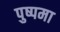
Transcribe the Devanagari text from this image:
पुष्पमा